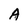
Character: A